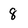
Character: 8